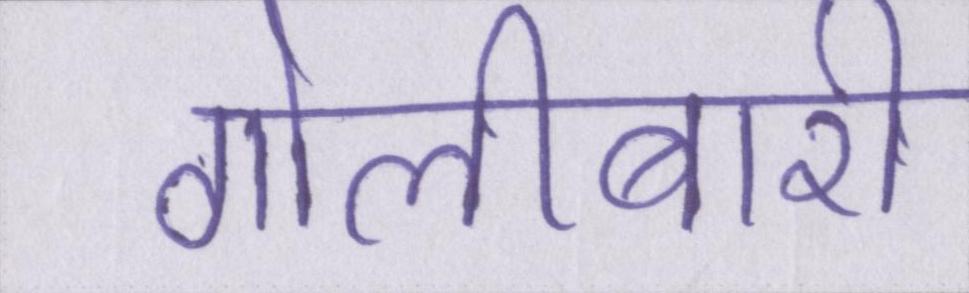
गोलीबारी